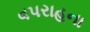
વપરાહના